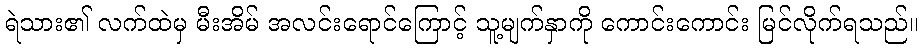
ရဲသား၏ လက်ထဲမှ မီးအိမ် အလင်းရောင်ကြောင့် သူ့မျက်နှာကို ကောင်းကောင်း မြင်လိုက်ရသည်။